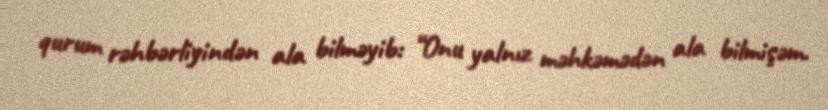
qurum rəhbərliyindən ala bilməyib: “Onu yalnız məhkəmədən ala bilmişəm.